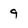
Character: 9